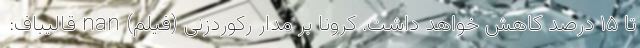
تا ۱۵ درصد کاهش خواهد داشت. کرونا بر مدار رکوردزنی (فیلم) nan قالیباف: